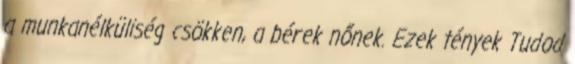
a munkanélküliség csökken, a bérek nőnek. Ezek tények Tudod